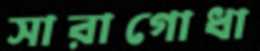
সারাগোধা